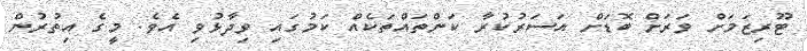
ޓޫރިޒަމަށް ވަރަށް ބޮޑަށް އަސަރުކުރާ ކަންތައްތަކެއް ކަމުގައި ވިދާޅުވި އެވެ. މީގެ އިތުރުން